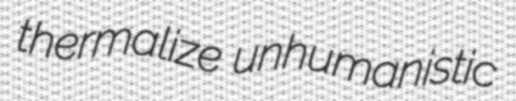
thermalize unhumanistic